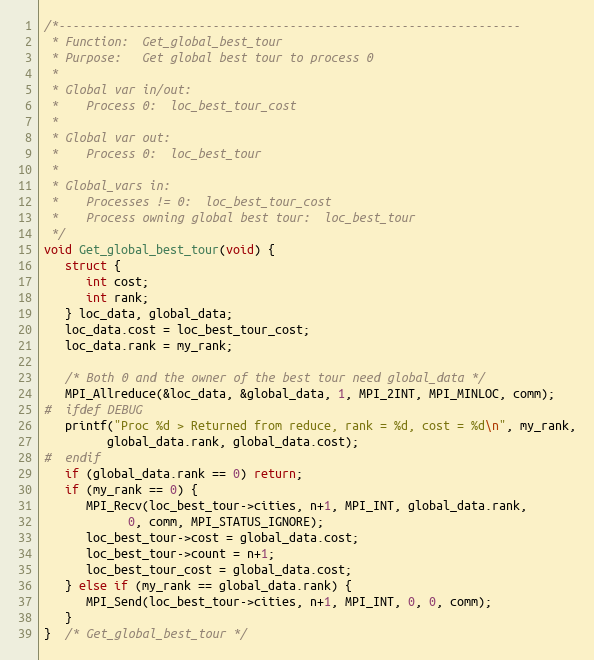
Language: C
/*------------------------------------------------------------------
 * Function:  Get_global_best_tour
 * Purpose:   Get global best tour to process 0
 *
 * Global var in/out:
 *    Process 0:  loc_best_tour_cost
 *
 * Global var out:
 *    Process 0:  loc_best_tour
 *
 * Global_vars in:
 *    Processes != 0:  loc_best_tour_cost
 *    Process owning global best tour:  loc_best_tour
 */
void Get_global_best_tour(void) {
   struct {
      int cost;
      int rank;
   } loc_data, global_data;
   loc_data.cost = loc_best_tour_cost;
   loc_data.rank = my_rank;

   /* Both 0 and the owner of the best tour need global_data */
   MPI_Allreduce(&loc_data, &global_data, 1, MPI_2INT, MPI_MINLOC, comm);
#  ifdef DEBUG
   printf("Proc %d > Returned from reduce, rank = %d, cost = %d\n", my_rank,
         global_data.rank, global_data.cost);
#  endif
   if (global_data.rank == 0) return;
   if (my_rank == 0) {
      MPI_Recv(loc_best_tour->cities, n+1, MPI_INT, global_data.rank,
            0, comm, MPI_STATUS_IGNORE);
      loc_best_tour->cost = global_data.cost;
      loc_best_tour->count = n+1;
      loc_best_tour_cost = global_data.cost;
   } else if (my_rank == global_data.rank) {
      MPI_Send(loc_best_tour->cities, n+1, MPI_INT, 0, 0, comm);
   }
}  /* Get_global_best_tour */